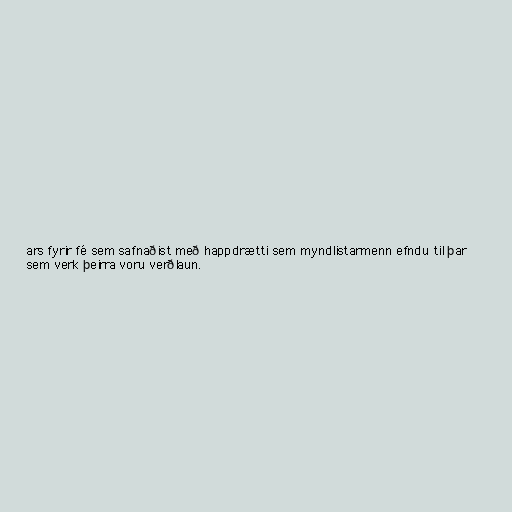
ars fyrir fé sem safnaðist með happdrætti sem myndlistarmenn efndu til þar
sem verk þeirra voru verðlaun.